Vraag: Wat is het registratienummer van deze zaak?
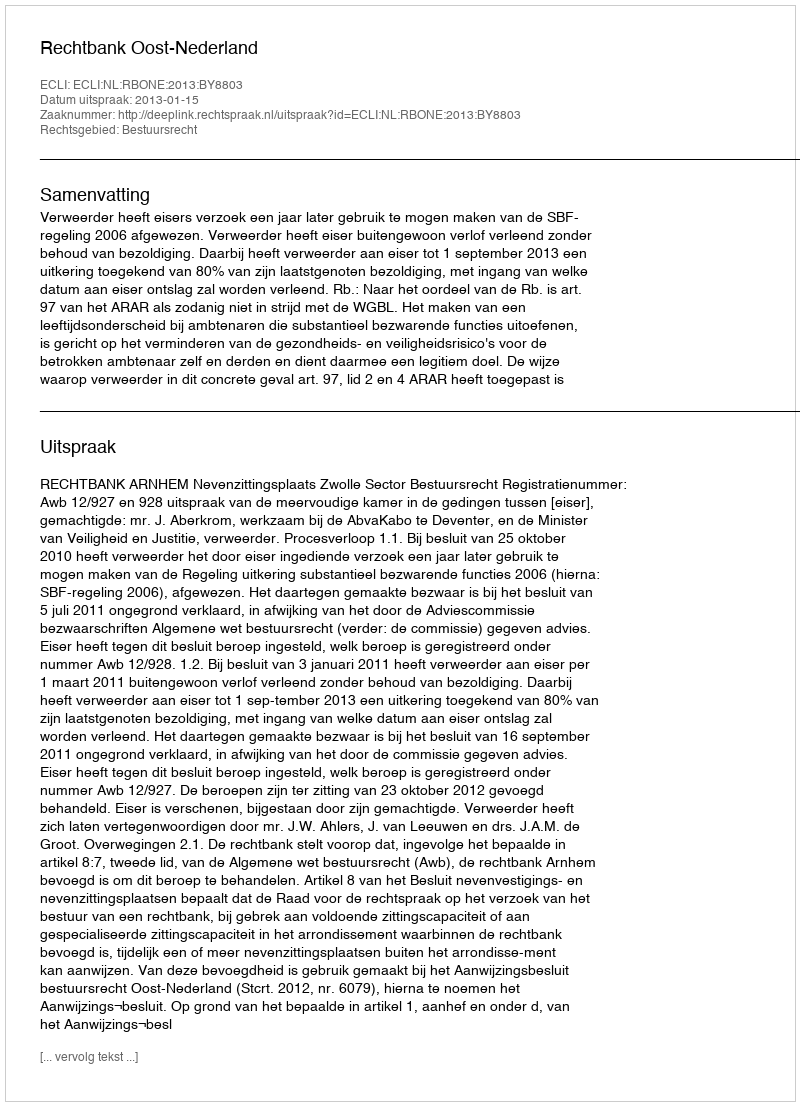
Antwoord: http://deeplink.rechtspraak.nl/uitspraak?id=ECLI:NL:RBONE:2013:BY8803